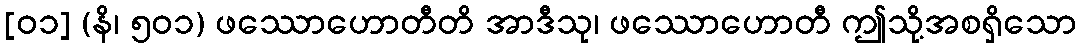
[၀၁] (နိ၊ ၅၀၁) ဖဿောဟောတီတိ အာဒီသု၊ ဖဿောဟောတီ ဤသို့အစရှိသော